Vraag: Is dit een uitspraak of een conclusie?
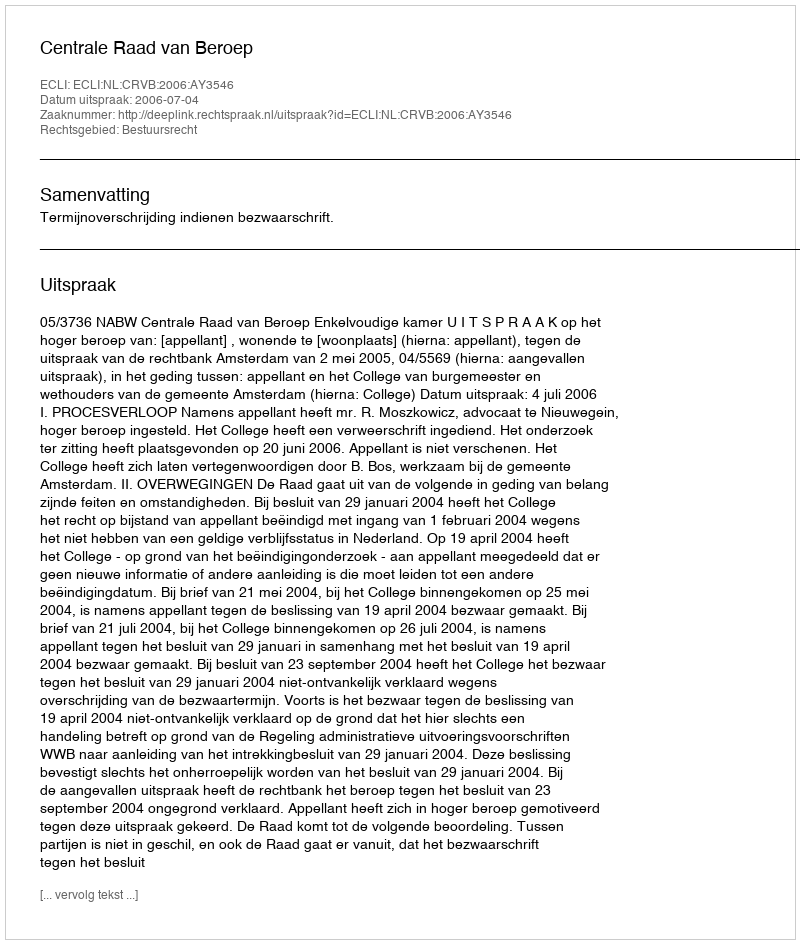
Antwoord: Uitspraak